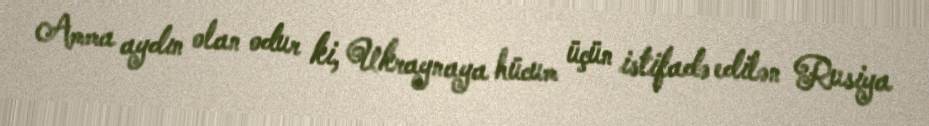
Amma aydın olan odur ki, Ukraynaya hücum üçün istifadə edilən Rusiya